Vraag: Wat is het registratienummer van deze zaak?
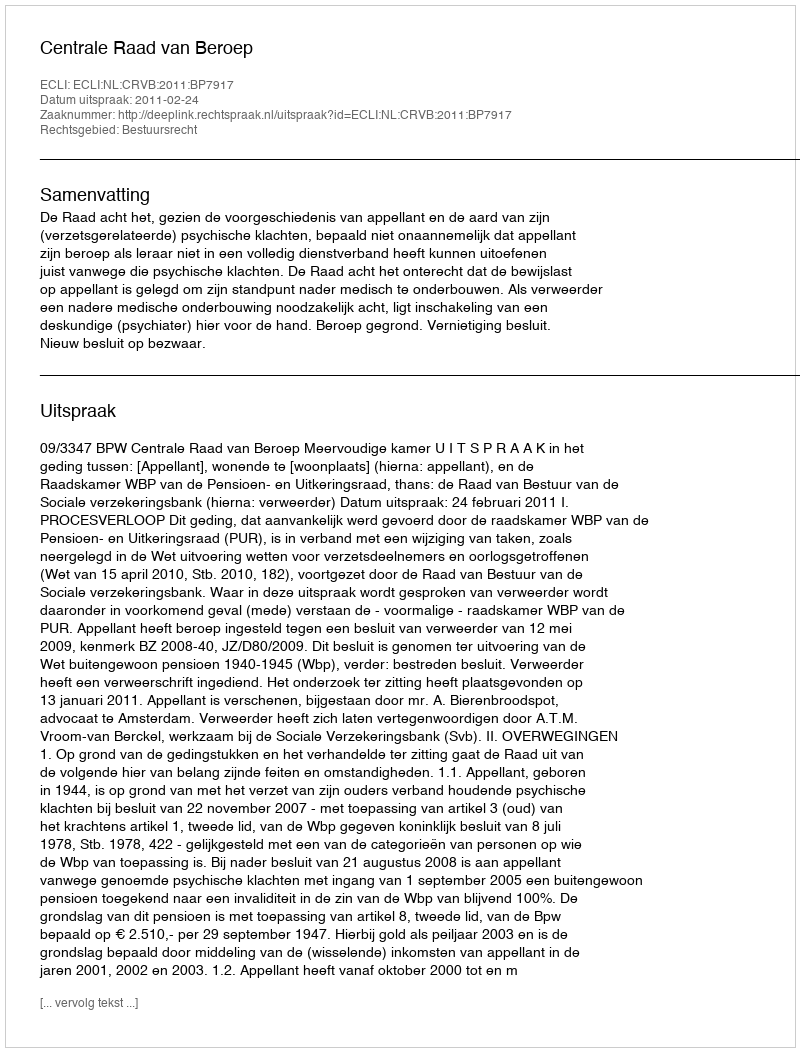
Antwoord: http://deeplink.rechtspraak.nl/uitspraak?id=ECLI:NL:CRVB:2011:BP7917